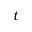
t